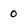
Character: 0